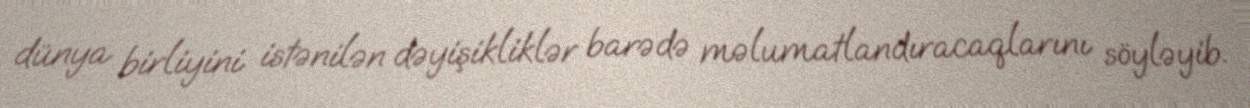
dünya birliyini istənilən dəyişikliklər barədə məlumatlandıracaqlarını söyləyib.